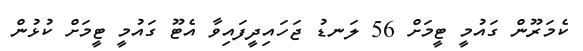
ކެމަރޫން ގައުމީ ޓީމަށް 56 ލަނޑު ޖަހައިދީފައިވާ އެޓޫ ގައުމީ ޓީމަށް ކުޅުން